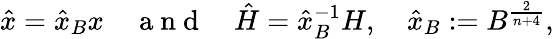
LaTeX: \hat{x}=\hat{x}_{B}x\quad\mathrm{~a~n~d~}\quad\hat{H}=\hat{x}_{B}^{-1}H,\quad\hat{x}_{B}:=B^{\frac{2}{n+4}},